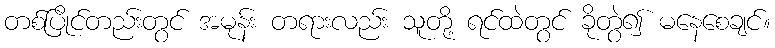
တစ်ပြိုင်တည်းတွင် အမုန်း တရားလည်း သူတို့ ရင်ထဲတွင် ခိုတွဲ၍ မနေစေချင်။